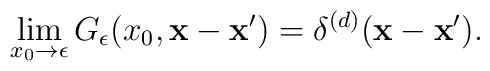
\lim_{x_0\to \epsilon}G_\epsilon (x_0, {\bf x}-{\bf x}')         =\delta^{(d)} ({\bf x}-{\bf x}').